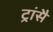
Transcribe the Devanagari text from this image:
ट्रांसै